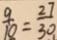
\frac { 9 } { 1 0 } = \frac { 2 7 } { 3 0 }